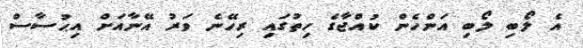
އެ ލޯބި ލޯބި އަންހެން ކުއްޖާގެ ހިތުގައި ރިހޭނެ ވަރު އޭނާއަށް އިޙުސާސް